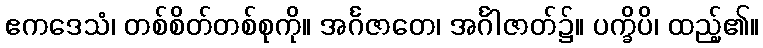
ဧကဒေသံ၊ တစ်စိတ်တစ်စုကို။ အင်္ဂဇာတေ၊ အင်္ဂါဇာတ်၌။ ပက္ခိပိ၊ ထည့်၏။